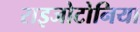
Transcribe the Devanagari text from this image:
राइजोटोनिया